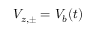
V _ { z , \pm } = V _ { b } ( t )